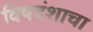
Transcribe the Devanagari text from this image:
विषदंशाचा